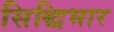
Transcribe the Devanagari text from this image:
सिद्धिभार